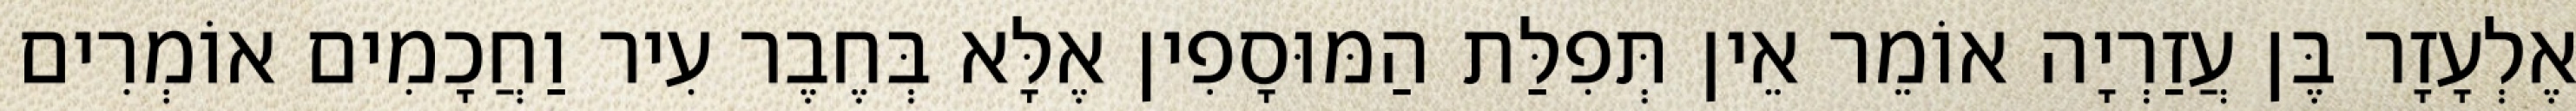
אֶלְעָזָר בֶּן עֲזַרְיָה אוֹמֵר אֵין תְּפִלַּת הַמּוּסָפִין אֶלָּא בְּחֶבֶר עִיר וַחֲכָמִים אוֹמְרִים